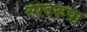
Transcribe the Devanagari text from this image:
स्पंदरूपा